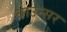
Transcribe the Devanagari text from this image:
बाउन्सर